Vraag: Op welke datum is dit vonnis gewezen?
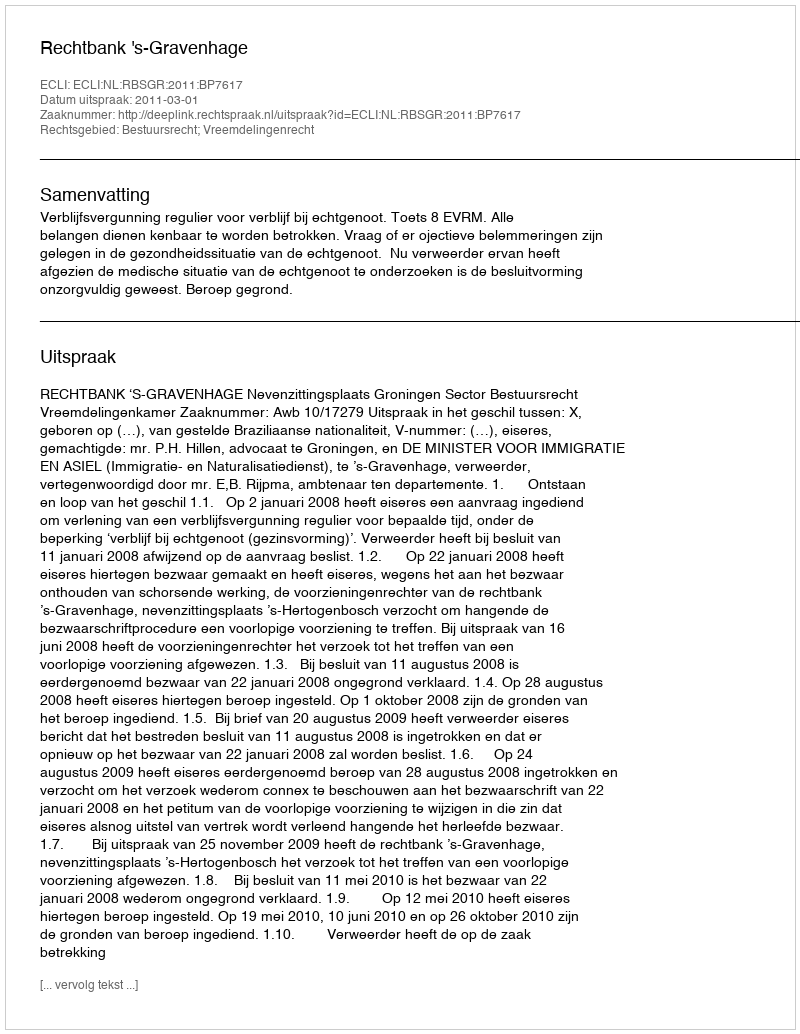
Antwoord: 2011-03-01